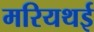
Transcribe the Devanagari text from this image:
मरियथई